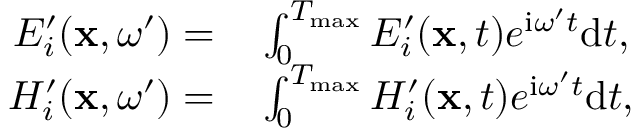
\begin{array} { r l } { E _ { i } ^ { \prime } ( \mathbf { x } , \omega ^ { \prime } ) = } & { { } \int _ { 0 } ^ { T _ { \operatorname* { m a x } } } E _ { i } ^ { \prime } ( \mathbf { x } , t ) e ^ { \mathrm { i } \omega ^ { \prime } t } \mathrm { d } t , } \\ { H _ { i } ^ { \prime } ( \mathbf { x } , \omega ^ { \prime } ) = } & { { } \int _ { 0 } ^ { T _ { \operatorname* { m a x } } } H _ { i } ^ { \prime } ( \mathbf { x } , t ) e ^ { \mathrm { i } \omega ^ { \prime } t } \mathrm { d } t , } \end{array}